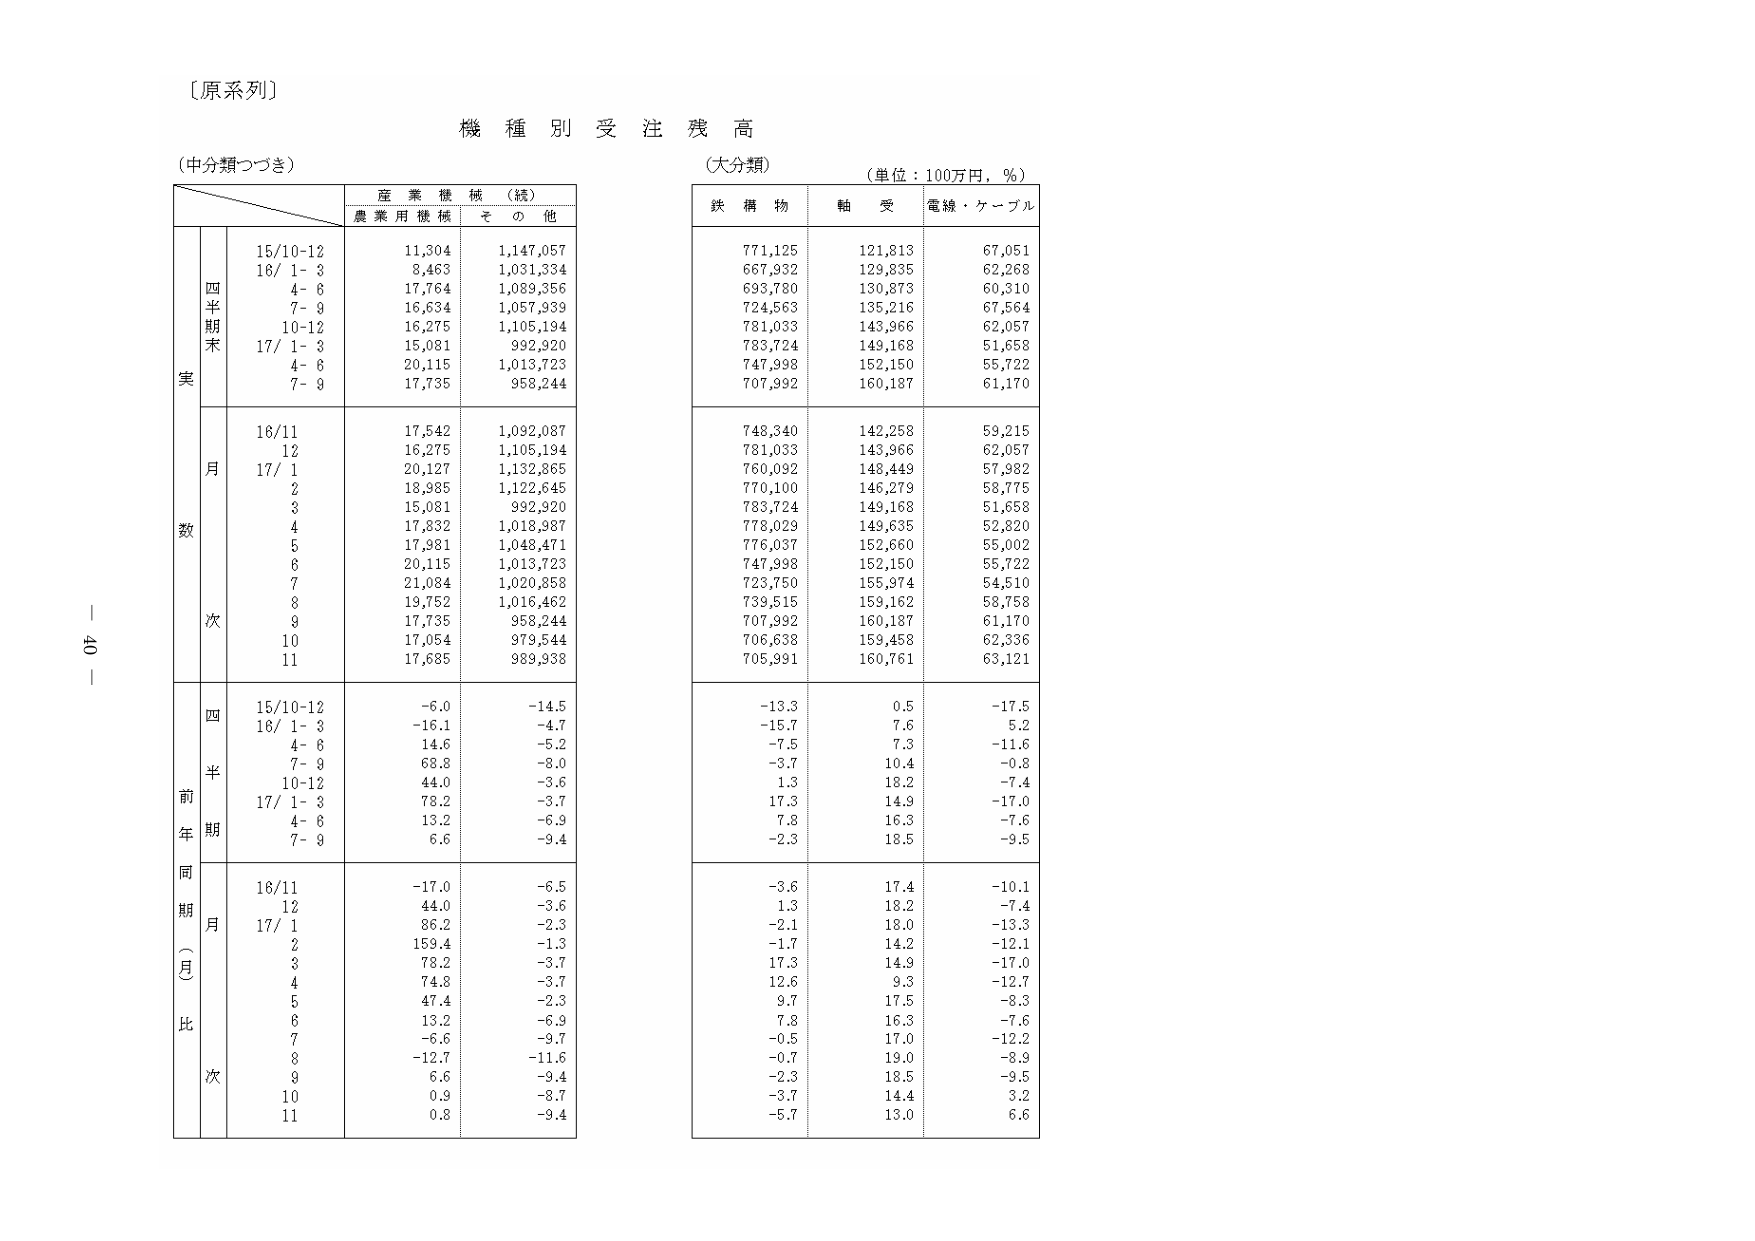
〔原系列〕

機種別受注残高

（中分類つづき）